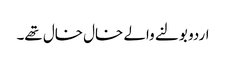
اردو بولنے والے خال خال تھے۔